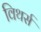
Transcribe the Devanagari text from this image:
विथर्स